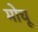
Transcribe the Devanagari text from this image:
मोचू